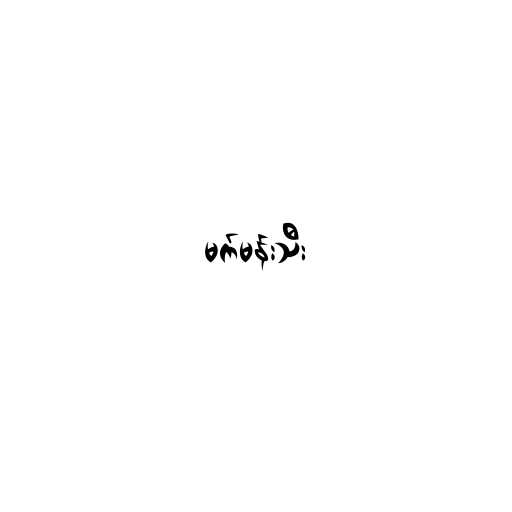
မက်မန်းသီး